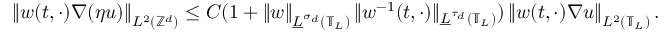
\left\| w ( t , \cdot ) \nabla ( \eta u ) \right\| _ { L ^ { 2 } \left( \ensuremath { \mathbb { Z } ^ { d } } \right) } \leq C ( 1 + \left\| w \right\| _ { \underline { { L } } ^ { \sigma _ { d } } \left( \mathbb { T } _ { L } \right) } \| w ^ { - 1 } ( t , \cdot ) \| _ { \underline { { L } } ^ { \tau _ { d } } \left( \mathbb { T } _ { L } \right) } ) \left\| w ( t , \cdot ) \nabla u \right\| _ { L ^ { 2 } \left( \mathbb { T } _ { L } \right) } .